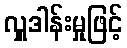
လှူဒါန်းမှုဖြင့်